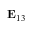
\mathbf { E } _ { 1 3 }